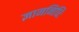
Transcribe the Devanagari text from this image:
ज्ञाननिधिः